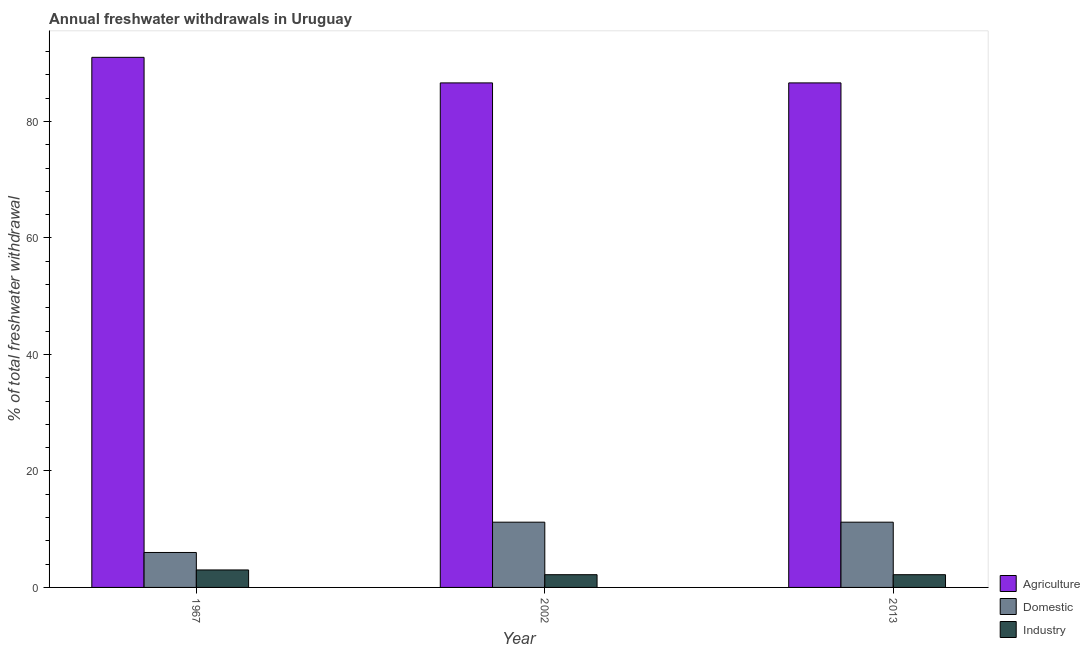
| Year | Agriculture | Domestic | Industry |
 | --- | --- | --- | --- |
 | 1967 | 91 | 6 | 3 |
 | 2002 | 86.6 | 11.2 | 2.19 |
 | 2013 | 86.6 | 11.2 | 2.19 |